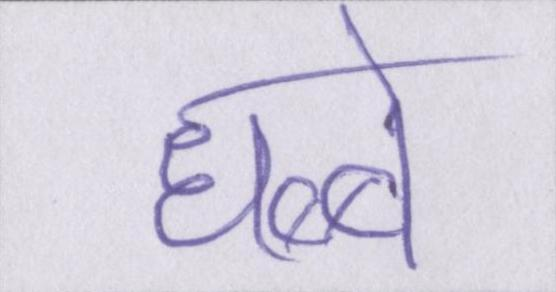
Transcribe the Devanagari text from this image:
धब्बे